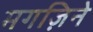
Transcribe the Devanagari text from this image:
मगज़िने